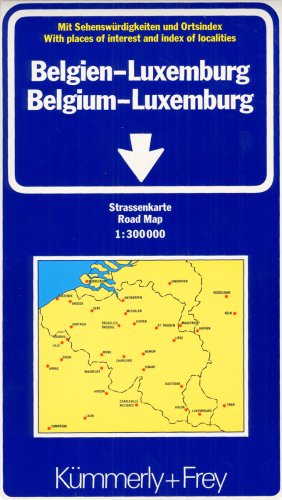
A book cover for Belgium and Luxembourg: Indexed (International Road Map) (German Edition); K Ummerly; Travel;